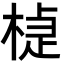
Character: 𣕹